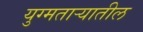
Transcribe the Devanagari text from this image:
युग्मताऱ्यातील